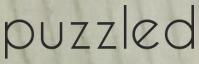
puzzled